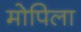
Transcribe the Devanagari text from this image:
मोपिला